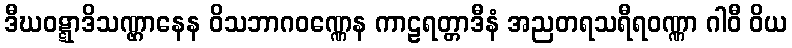
ဒီဃဝဋ္ဋာဒိသဏ္ဌာနေန ဝိသဘာဂဝဏ္ဏေန ကာဠရတ္တာဒီနံ အညတရသရီရဝဏ္ဏာ ဂါဝီ ဝိယ